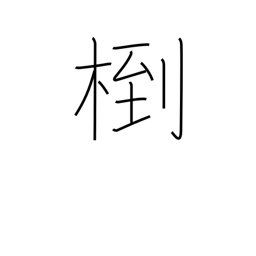
Meaning: (kokuji)